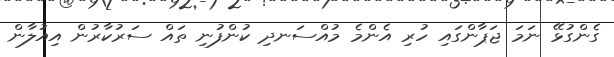
ގެންގުޅޭ ނަމަ ޖަޕާންގައި ހުރި އެންމެ މުއްސަނދި ކުންފުނި ތައް ސަރުކާރުން އިއުލާން